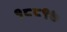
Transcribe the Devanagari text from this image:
१८८९७